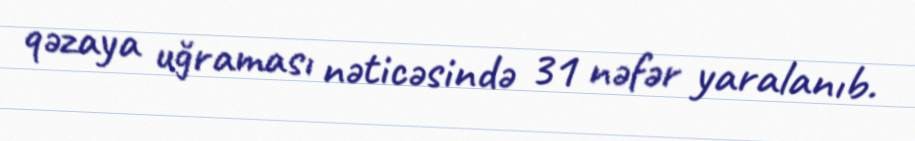
qəzaya uğraması nəticəsində 31 nəfər yaralanıb.